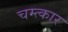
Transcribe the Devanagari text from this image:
चम्त्कार